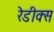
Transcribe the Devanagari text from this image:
रेडीक्स